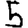
Digit: 5